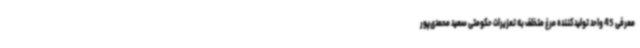
معرفی 45 واحد تولیدکننده مرغ متخلف به تعزیرات حکومتی سعید محمدی‌پور